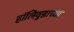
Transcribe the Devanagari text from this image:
हॉलिवुडाच्या